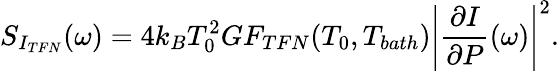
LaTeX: S_{I_{TFN}}(\omega)=4k_{B}T_{0}^{2}GF_{TFN}(T_{0},T_{bath})\left|\frac{\partial I}{\partial P}(\omega)\right|^{2}.